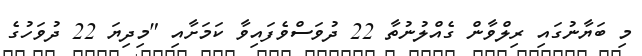
މި ބަޔާނުގައި ރިލްވާން ގެއްލުނުތާ 22 ދުވަސްވެފައިވާ ކަމަށާއި "މިދިޔަ 22 ދުވަހުގެ